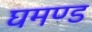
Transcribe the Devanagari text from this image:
घमण्‍ड